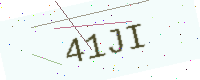
Text: 41JI